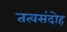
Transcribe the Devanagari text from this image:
तत्वसंदोह